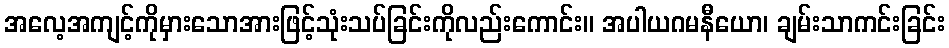
အလေ့အကျင့်ကိုမှားသောအားဖြင့်သုံးသပ်ခြင်းကိုလည်းကောင်း။ အပါယဂမနီယော၊ ချမ်းသာကင်းခြင်း